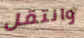
وانتقل